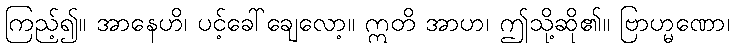
ကြည့်၍။ အာနေဟိ၊ ပင့်ခေါ်ချေလော့။ ဣတိ အာဟ၊ ဤသို့ဆို၏။ ဗြာဟ္မဏော၊